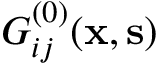
G _ { i j } ^ { ( 0 ) } ( { \bf x } , { \bf s } )